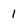
Character: 1